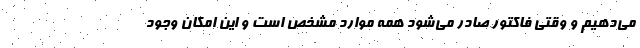
مي‌دهيم و وقتي فاكتور صادر مي‌شود همه موارد مشخص است و اين امكان وجود